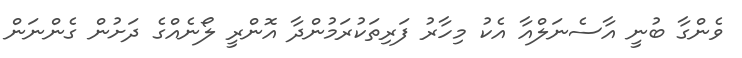
ވެންގާ ބުނީ އާސެނަލްއާ އެކު މިހާރު ފަރިތަކުރަމުންދާ އޮންރީ ލޯނެއްގެ ދަށުން ގެންނަން